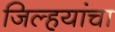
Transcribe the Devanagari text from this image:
जिल्हयांचा